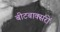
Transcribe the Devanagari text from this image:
बीटबाक्सरों